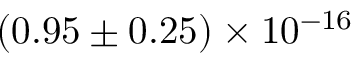
( 0 . 9 5 \pm 0 . 2 5 ) \times 1 0 ^ { - 1 6 }